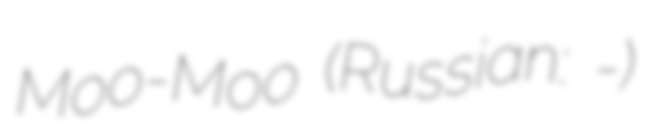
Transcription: Moo-Moo (Russian: Му-Му)